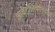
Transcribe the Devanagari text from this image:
आर्कटोसियोनियोडेई